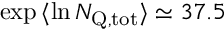
\exp { \langle \ln \ensuremath { N _ { \mathrm { Q , t o t } } } \rangle } \simeq 3 7 . 5